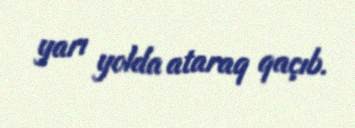
yarı yolda ataraq qaçıb.